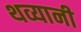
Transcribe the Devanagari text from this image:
थव्यानी